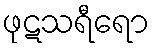
ဖုဋသရီရော